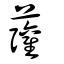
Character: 虇